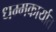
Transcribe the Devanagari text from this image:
धम्मकार्यात